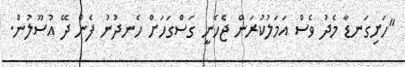
"ހަށިގަނޑާ މެދު ވެސް އަމަލުކުރަން ޖެހެނީ ގަސްގަހަށް ހެނދުނު ފެން ދޭ އުސޫލުން.